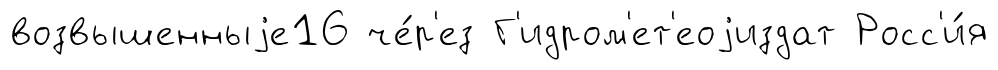
возвышенныjе16 че́р'ез Г'идром'ет'еоjиздат Росс'и́я